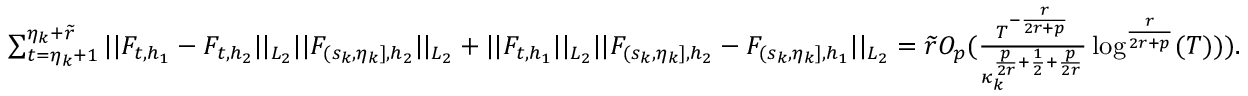
\begin{array} { r } { \sum _ { t = \eta _ { k } + 1 } ^ { \eta _ { k } + \widetilde { r } } \vert \vert F _ { t , h _ { 1 } } - F _ { t , h _ { 2 } } \vert \vert _ { L _ { 2 } } \vert \vert F _ { ( s _ { k } , \eta _ { k } ] , { h _ { 2 } } } \vert \vert _ { L _ { 2 } } + \vert \vert F _ { t , h _ { 1 } } \vert \vert _ { L _ { 2 } } \vert \vert F _ { ( s _ { k } , \eta _ { k } ] , { h _ { 2 } } } - F _ { ( s _ { k } , \eta _ { k } ] , { h _ { 1 } } } \vert \vert _ { L _ { 2 } } = \widetilde { r } O _ { p } ( \frac { T ^ { - \frac { r } { 2 r + p } } } { \kappa _ { k } ^ { \frac { p } { 2 r } + \frac { 1 } { 2 } + \frac { p } { 2 r } } } \log ^ { \frac { r } { 2 r + p } } ( T ) ) ) . } \end{array}